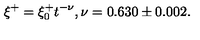
\xi ^ { + } = \xi _ { 0 } ^ { + } t ^ { - \nu } , \nu = 0 . 6 3 0 \pm 0 . 0 0 2 .